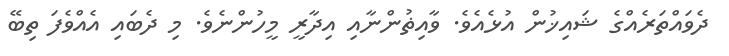
ދެވައްތަރެއްގެ ޝައިޚުން އުޅެއެވެ. ވާއިޡުންނާއި އިދާރީ މީހުންނެވެ. މި ދެބައި އެއްވެފަ ތިބޭ